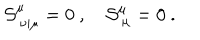
{ \cal S } _ { \ \nu | \mu } ^ { \mu } = 0 \ , \quad { \cal S } _ { \ \mu } ^ { \mu } = 0 \ .